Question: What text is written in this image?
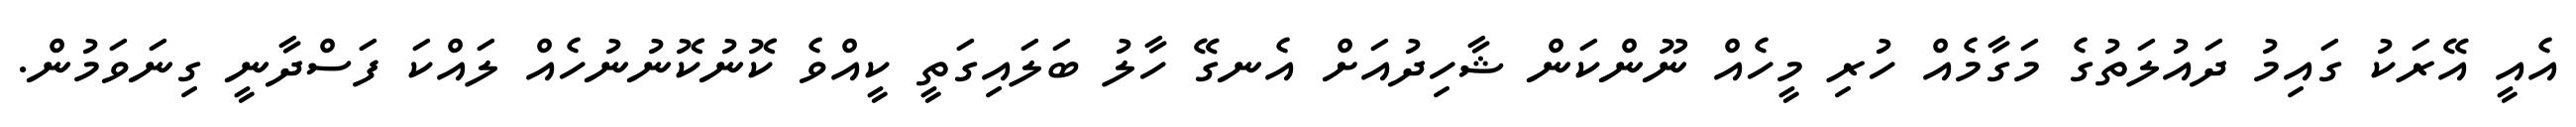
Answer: އެއީ އޭރަކު ގައިމު ދައުލަތުގެ މަގާމެއް ހުރި މީހެއް ނޫންކަން ޝާހިދުއަށް އެނގޭ ހާލު ބަލައިގަތީ ކީއްވެ ކޮނުކޮނުނުހެއް ލައްކަ ފަސްދާނީ ގިނަވަމުން.